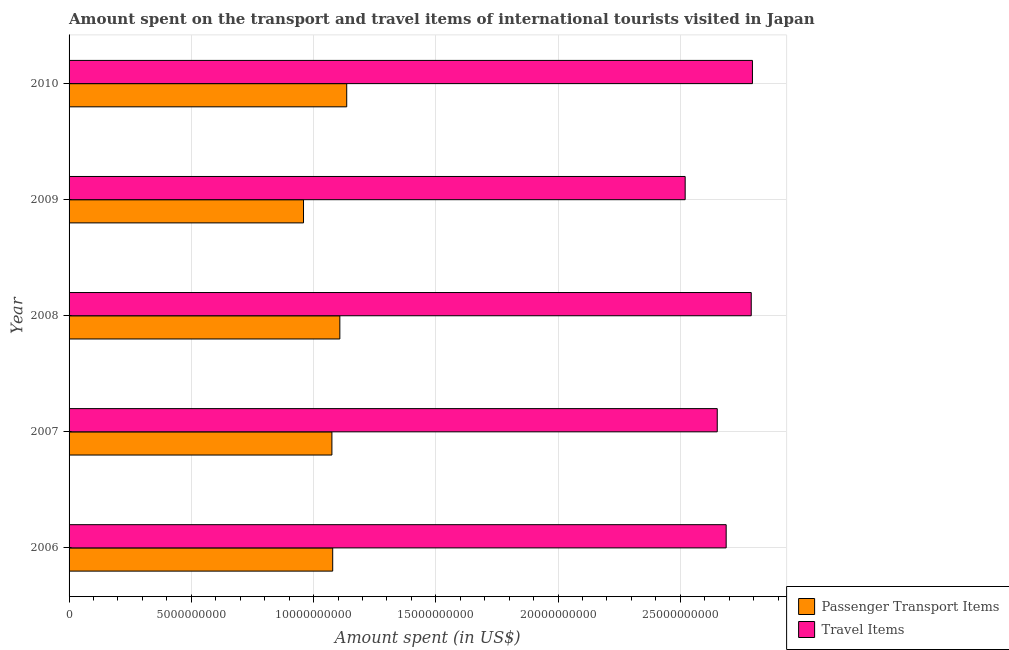
| Year | Passenger Transport Items | Travel Items |
 | --- | --- | --- |
 | 2006 | 1.08e+10 | 2.69e+10 |
 | 2007 | 1.08e+10 | 2.65e+10 |
 | 2008 | 1.11e+10 | 2.79e+10 |
 | 2009 | 9.59e+09 | 2.52e+10 |
 | 2010 | 1.14e+10 | 2.8e+10 |